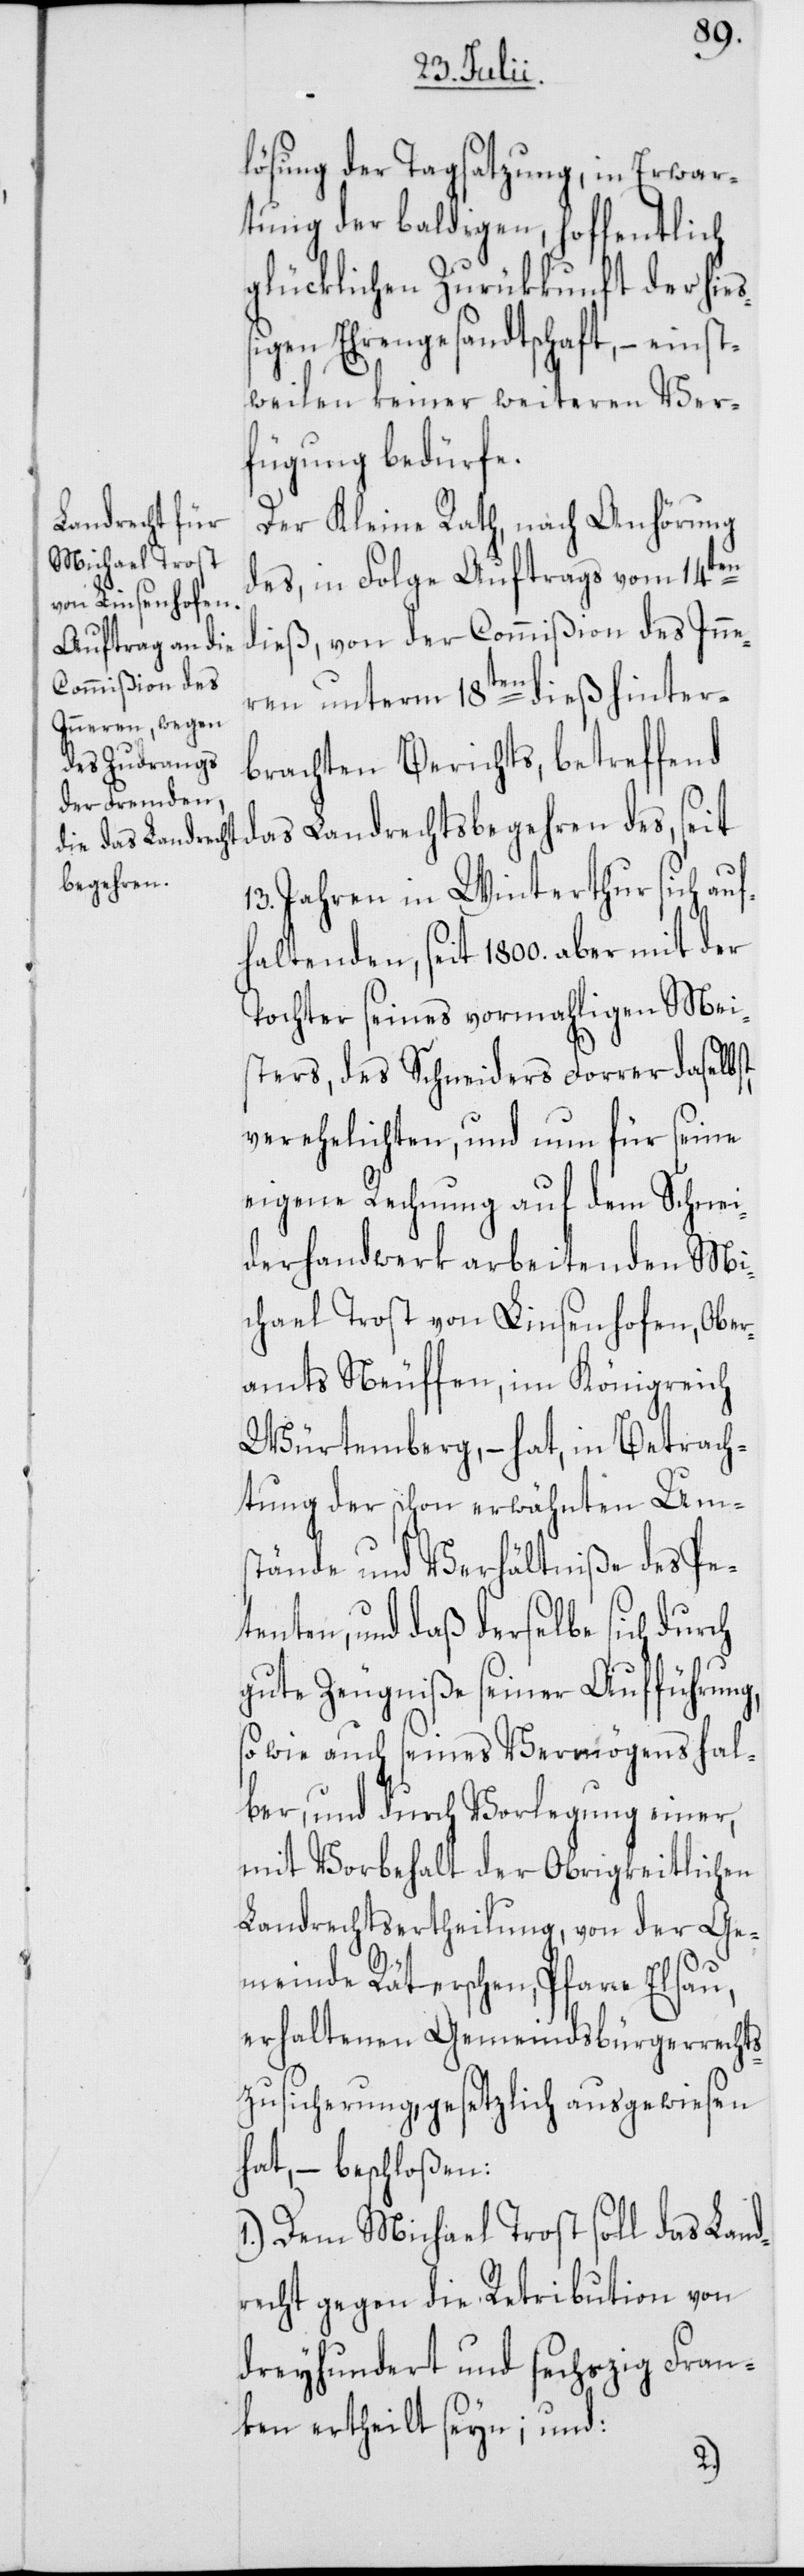
lösung der Tagsatzung, in Erwar¬
tung der baldigen, hoffentlich
glücklichen Zurükkunft der hie¬
ßigen Ehrengesandtschaft, – einst¬
weilen keiner weiteren Ver¬
fügung bedürfe.
Der Kleine Rath, nach Anhörung
des, in Folge Auftrags vom 14ten
dieß, von der Commißion des Inne¬
ren unterm 18ten dieß hinter¬
brachten Berichts, betreffend
das Landrechtsbegehren des, seit
13. Jahren in Winterthur sich auf¬
haltenden, seit 1800. aber mit der
Tochter seines vormahligen Mei¬
sters, des Schneiders Forrer daselbst,
verehelichten, und nun für seine
eigene Rechnung auf dem Schnei¬
derhandwerk arbeitenden Mi¬
chael Trost von Linsenhofen, Ober¬
amts Neuffen, im Königreich
Würtemberg, – hat, in Betrach¬
tung der schon erwähnten Um¬
stände und Verhältniße des Pe¬
tenten, und daß derselbe sich durch
gute Zeugniße seiner Aufführung,
so wie auch seines Vermögens hal¬
ber, und durch Vorlegung einer,
mit Vorbehalt der Obrigkeitlichen
Landrechtsertheilung, von der Ge¬
meinde Räterschen, Pfarre Elsau,
erhaltenen Gemeindsbürgerrechts¬
zusicherung, gesetzlich ausgewiesen
hat, – beschloßen:
1.) Dem Michael Trost soll das Land¬
recht gegen die Retribution von
dreyhundert und sechszig Fran¬
ken ertheilt seyn; und: